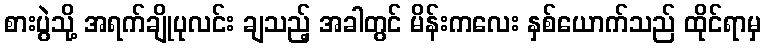
စားပွဲသို့ အရက်ချိုပုလင်း ချသည့် အခါတွင် မိန်းကလေး နှစ်ယောက်သည် ထိုင်ရာမှ